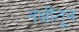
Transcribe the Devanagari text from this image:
नक्षीतून